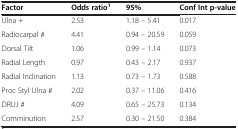
| Factor | Odds ratio1 | 95% | Conf Int p-value |
 | --- | --- | --- | --- |
 | Ulna + | 2.53 | 1.18 – 5.41 | 0.017 |
 | Radiocarpal # | 4.41 | 0.94 – 20.59 | 0.059 |
 | Dorsal Tilt | 1.06 | 0.99 – 1.14 | 0.073 |
 | Radial Length | 0.97 | 0.43 – 2.17 | 0.937 |
 | Radial Inclination | 1.13 | 0.73 – 1.73 | 0.588 |
 | Proc Styl Ulna # | 2.02 | 0.37 – 11.06 | 0.416 |
 | DRUJ # | 4.09 | 0.65 – 25.73 | 0.134 |
 | Comminution | 2.57 | 0.30 – 21.50 | 0.384 |